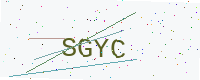
Text: SGYC